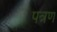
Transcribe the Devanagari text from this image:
पत्रण